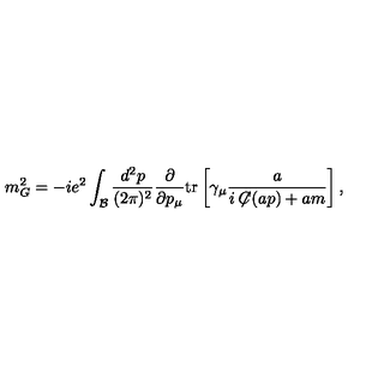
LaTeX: m _ { G } ^ { 2 } = - i e ^ { 2 } \int _ { \mathcal B } \frac { d ^ { 2 } p } { ( 2 \pi ) ^ { 2 } } \frac { \partial } { \partial p _ { \mu } } \mathrm { t r } \left[ \gamma _ { \mu } \frac { a } { i \not \! \! C ( a p ) + a m } \right] ,